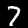
Digit: 7